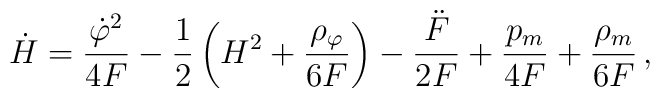
\dot{H} = \frac{{\dot{\varphi}}^2}{4F} - \frac{1}{2} \left(H^2 +\frac{{\rho}_{\varphi}}{6F} \right) - \frac{\ddot{F}}{2F} +\frac{p_m}{4F} + \frac{\rho_m}{6F} \,,